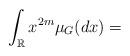
LaTeX: \begin{align*} \int_{\mathbb R} x^{2m}\mu_G(dx)=\end{align*}